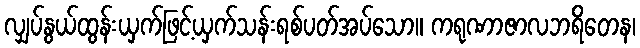
လျှပ်နွယ်ထွန်းယှက်ဖြင့်ယှက်သန်းရစ်ပတ်အပ်သော။ ကရုဏာဇာလဘရိတေန၊